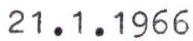
21.1.1966